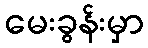
မေးခွန်းမှာ